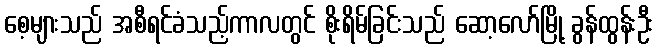
စေ့များသည် အစီရင်ခံသည့်ကာလတွင် စိုးရိမ်ခြင်းသည် ဆော့လော်မြို့ ခွန်ထွန်းဦး